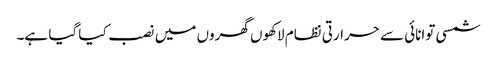
شمسی توانائی سے حرارتی نظام لاکھوں گھروں میں نصب کیا گیا ہے۔